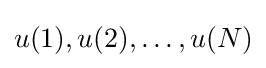
u(1),u(2),\ldots ,u(N)